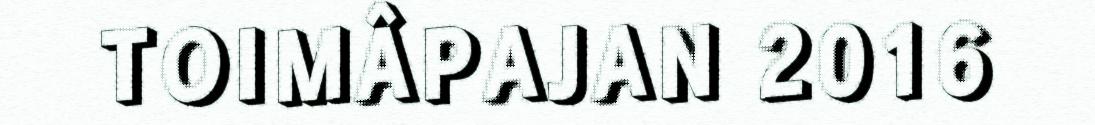
TOIMÂPAJAN 2016